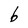
Character: b